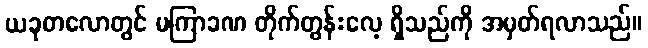
ယခုတလောတွင် မကြာခဏ တိုက်တွန်းလေ့ ရှိသည်ကို အမှတ်ရလာသည်။